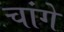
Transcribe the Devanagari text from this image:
चांगे